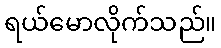
ရယ်မောလိုက်သည်။